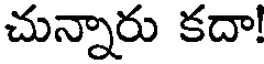
చున్నారు కదా!